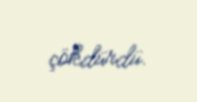
çökdürdü.